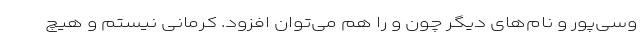
وسی‌پور و نام‌های دیگر چون و را هم می‌توان افزود. کرمانی نیستم و هیچ